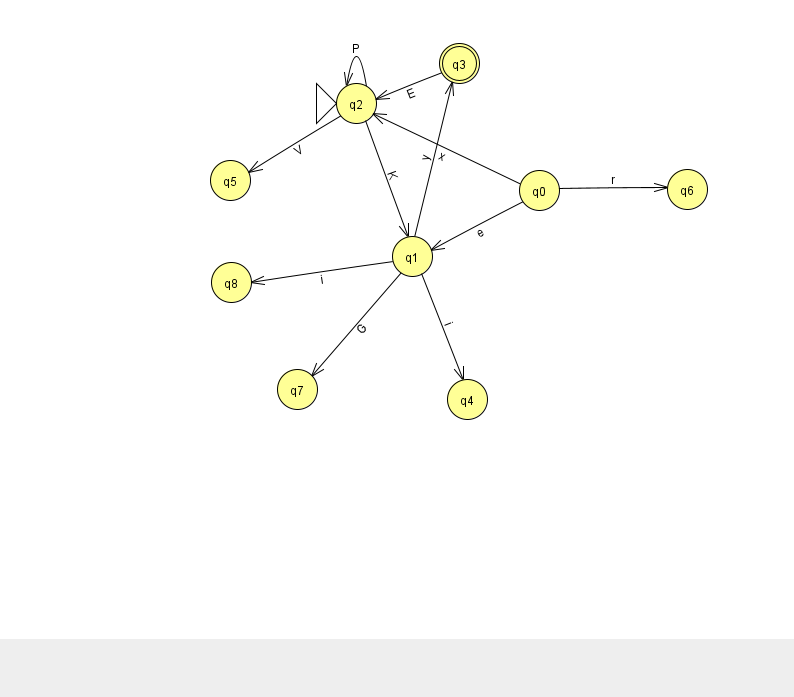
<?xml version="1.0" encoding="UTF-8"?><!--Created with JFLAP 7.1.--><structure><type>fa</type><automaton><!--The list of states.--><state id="0" name="q0"><x>539.0</x><y>177.0</y></state><state id="1" name="q1"><x>412.0</x><y>243.0</y></state><state id="2" name="q2"><x>356.0</x><y>90.0</y><initial/></state><state id="3" name="q3"><x>459.0</x><y>50.0</y><final/></state><state id="4" name="q4"><x>467.0</x><y>386.0</y></state><state id="5" name="q5"><x>230.0</x><y>167.0</y></state><state id="6" name="q6"><x>687.0</x><y>176.0</y></state><state id="7" name="q7"><x>297.0</x><y>376.0</y></state><state id="8" name="q8"><x>231.0</x><y>269.0</y></state><!--The list of transitions.--><transition><from>2</from><to>1</to><read>K</read></transition><transition><from>2</from><to>2</to><read>P</read></transition><transition><from>0</from><to>2</to><read>x</read></transition><transition><from>0</from><to>1</to><read>e</read></transition><transition><from>1</from><to>4</to><read>i</read></transition><transition><from>1</from><to>7</to><read>G</read></transition><transition><from>1</from><to>8</to><read>i</read></transition><transition><from>0</from><to>6</to><read>r</read></transition><transition><from>3</from><to>2</to><read>E</read></transition><transition><from>1</from><to>3</to><read>y</read></transition><transition><from>2</from><to>5</to><read>V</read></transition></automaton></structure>